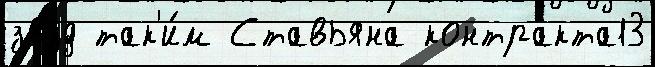
зв'́зд так'и́м Ставьяна контракта13